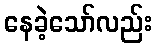
နေခဲ့သော်လည်း